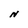
Character: N